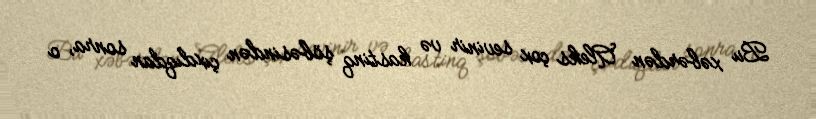
Bu xəbərdən Aleks çox sevinir və kastinq şöbəsindən çıxdıqdan sonra, o